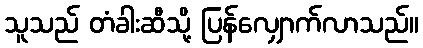
သူသည် တံခါးဆီသို့ ပြန်လျှောက်လာသည်။